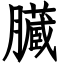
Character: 臓